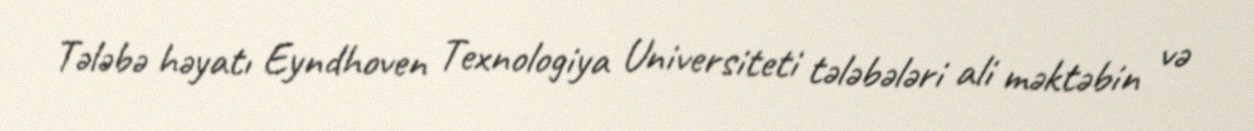
Tələbə həyatı Eyndhoven Texnologiya Universiteti tələbələri ali məktəbin və